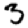
Digit: 3